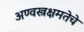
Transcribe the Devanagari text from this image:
अण्वस्त्रक्षमतेचे